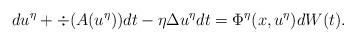
LaTeX: \begin{align*}du^\eta+\div(A(u^\eta))dt-\eta\Delta u^\eta dt=\Phi^\eta(x,u^\eta) dW(t).\end{align*}